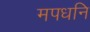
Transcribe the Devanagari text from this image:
मपधनि